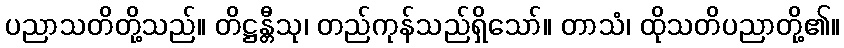
ပညာသတိတို့သည်။ တိဋ္ဌန္တီသု၊ တည်ကုန်သည်ရှိသော်။ တာသံ၊ ထိုသတိပညာတို့၏။